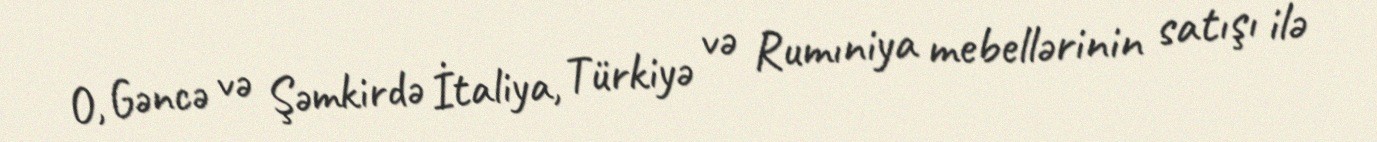
O, Gəncə və Şəmkirdə İtaliya, Türkiyə və Rumıniya mebellərinin satışı ilə